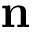
\textbf { n }